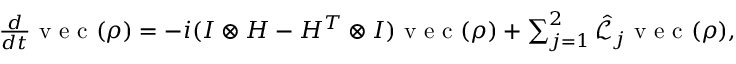
\begin{array} { r } { \frac { d } { d t } \textrm { v e c } ( \rho ) = - i ( I \otimes H - H ^ { T } \otimes I ) \textrm { v e c } ( \rho ) + \sum _ { j = 1 } ^ { 2 } \hat { \mathcal { L } } _ { j } \textrm { v e c } ( \rho ) , } \end{array}